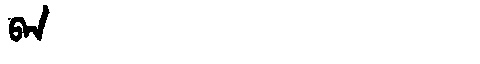
Manchu: ᠪᠠᠨ
Romanization: BAN